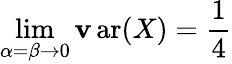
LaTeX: \operatorname*{lim}_{\alpha=\beta\to0}\operatorname{\mathbf{v}ar}(X)={\frac{{1}}{{4}}}